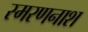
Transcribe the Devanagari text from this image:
स्मरणनाश